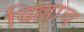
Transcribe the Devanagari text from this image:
विल्लाच